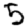
Digit: 5